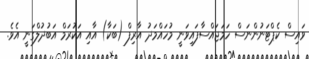
ވައިސް ކެޕްޓަނުންނަސް ހަމަޖައްސާފައިވަނީ މުހައްމަދު އާރިފް (ބަކާ) އާއި އަކުރަމް އަބުދުލްގަނީ އެވެ.